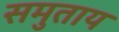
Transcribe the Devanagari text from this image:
समुताय